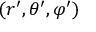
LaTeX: ( r ^ { \prime } , \theta ^ { \prime } , \varphi ^ { \prime } )